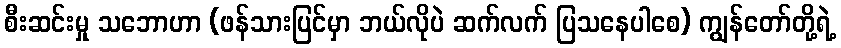
စီးဆင်းမှု သဘောဟာ (ဖန်သားပြင်မှာ ဘယ်လိုပဲ ဆက်လက် ပြသနေပါစေ) ကျွန်တော်တို့ရဲ့